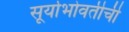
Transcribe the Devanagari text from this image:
सूर्याभोवतीची